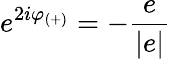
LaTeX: e^{2i\varphi_{(+)}}=-\frac{e}{|e|}